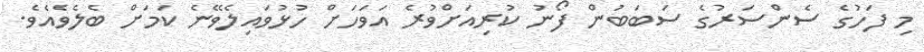
މި ފަހުގެ ސެންސަރުގެ ސަބަބުން ފޯނު ކުރިއަށްވުރެ އަވަހަށް ހުޅުވައިލެވޭނެ ކަމަށް ބެލެވެއެވެ.